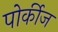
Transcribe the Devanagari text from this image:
पोर्कीज